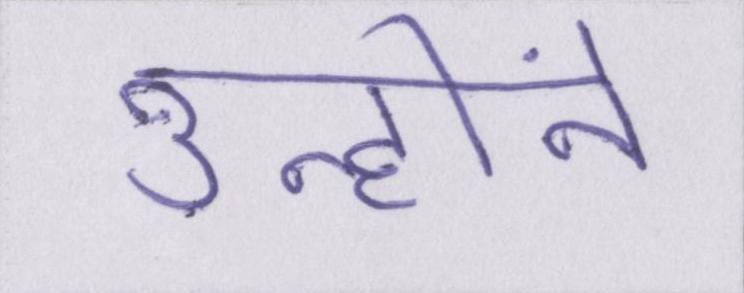
उन्होंने